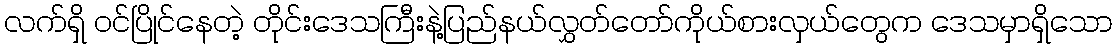
လက်ရှိ ဝင်ပြိုင်နေတဲ့ တိုင်းဒေသကြီးနဲ့ပြည်နယ်လွှတ်တော်ကိုယ်စားလှယ်တွေက ဒေသမှာရှိသော